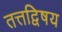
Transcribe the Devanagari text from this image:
तत्तद्विषय